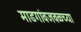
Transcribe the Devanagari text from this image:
माडगांवजवळच्या